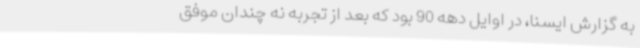
به گزارش ایسنا، در اوایل دهه 90 بود که بعد از تجربه نه چندان موفق